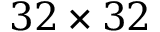
3 2 \times 3 2